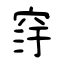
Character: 窏